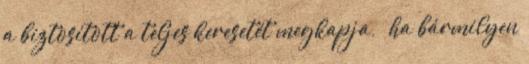
a biztosított a teljes keresetét megkapja, – ha bármilyen